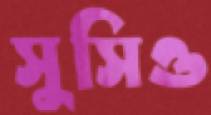
সুসিও